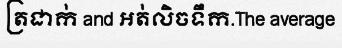
ត្រជាក់ and អត់លិចទឹក.The average